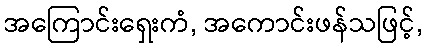
အကြောင်းရှေးကံ, အကောင်းဖန်သဖြင့်,